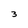
Character: 3